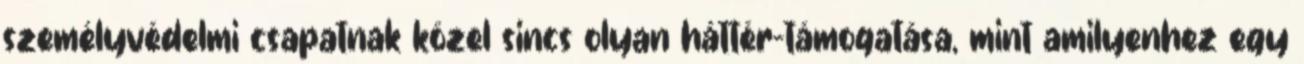
személyvédelmi csapatnak közel sincs olyan háttér-támogatása, mint amilyenhez egy